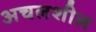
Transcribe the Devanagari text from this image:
अचलशील